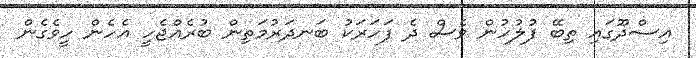
އިސްދޫގައި ތިބޭ ފުލުހުން ވެސް ދެ ފަހަރަކު ބަނދަރުމަތިން ބުރެއްޖެހީ އެހެން ހީވެގެން